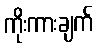
ကိုးကားချက်